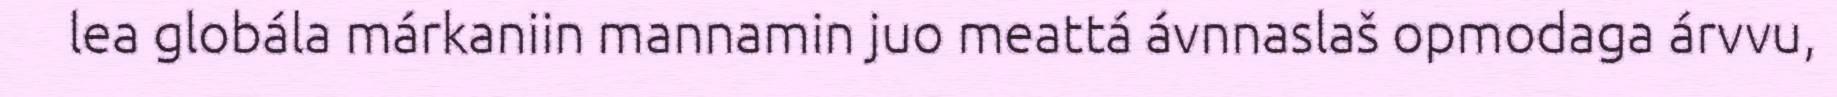
lea globála márkaniin mannamin juo meattá ávnnaslaš opmodaga árvvu,